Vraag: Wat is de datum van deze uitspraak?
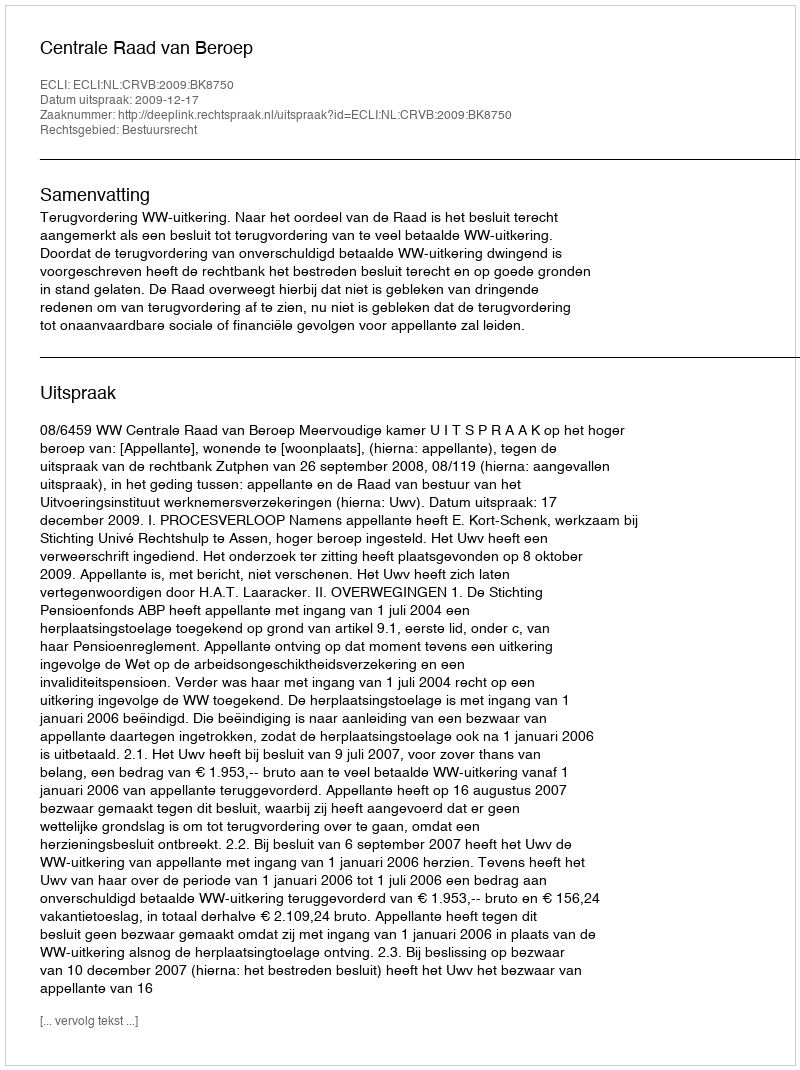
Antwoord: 2009-12-17